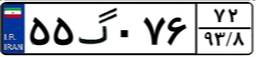
۷۷گ۲۰۴۴۵